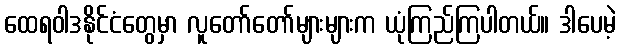
ထေရဝါဒနိုင်ငံတွေမှာ လူတော်တော်များများက ယုံကြည်ကြပါတယ်။ ဒါပေမဲ့